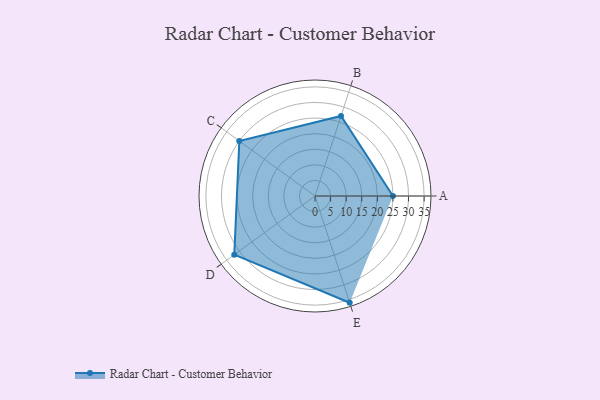
{"axis": {"x": "Skill", "y": "Score"}, "legend": ["Profile"], "data": [{"x": "A", "y": 25.0, "type": "Profile"}, {"x": "B", "y": 27.0, "type": "Profile"}, {"x": "C", "y": 30.0, "type": "Profile"}, {"x": "D", "y": 32.0, "type": "Profile"}, {"x": "E", "y": 36.0, "type": "Profile"}]}